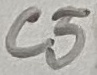
Text: C5